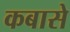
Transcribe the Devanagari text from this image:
कबासे